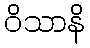
ဝိသာနိ